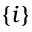
\left\{ i \right\}